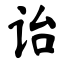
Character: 诒